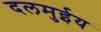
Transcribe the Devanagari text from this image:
दलमुईय